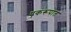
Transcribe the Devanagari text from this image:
एकरूपात